Indian journal of veterinary science and animal husbandry - Volume 3,
Year: 1933
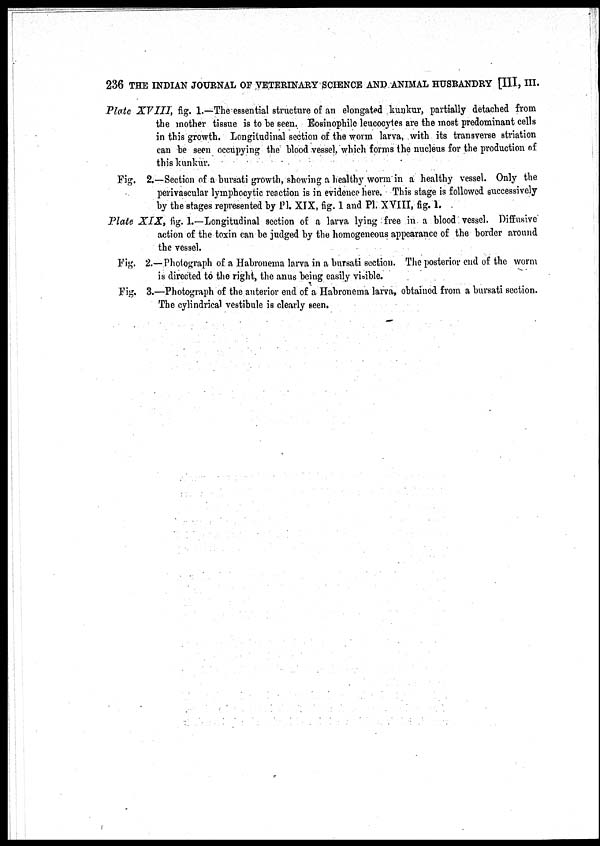
236 THE INDIAN JOURNAL OF VETERINARY SCIENCE AND ANIMAL HUSBANDRY [III, III.
Plate XVIII, fig. 1.—The essential structure of an elongated kunkur, partially detached from
the mother tissue is to be seen. Eosinophil leucocytes are the most predominant cells
in this growth. Longitudinal section of the worm larva, with its transverse striation
can be seen occupying the blood vessel, which forms the nucleus for the production of
this kunkur.
Fig. 2.—Section of a bursati growth, showing a healthy worm in a healthy vessel. Only the
perivascular lymphocytic reaction is in evidence here. This stage is followed successively
by the stages represented by PI. XIX, fig. 1 and PI. XVIII, fig. 1.
Plate XIX, fig. 1.—Longitudinal section of a larva lying free in a blood vessel. Diffusive
action of the toxin can be judged by the homogeneous appearance of the border around
the vessel.
Fig. 2.—Photograph of a Habronema larva in a bursati section. The posterior end of the worm
is directed to the right, the anus being easily visible.
Fig. 3.—Photograph of the anterior end of a Habronema larva, obtained from a bursati section.
The cylindrical vestibule is clearly seen.